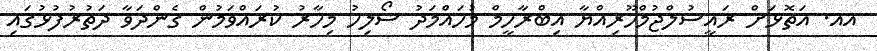
އއ. އަތޮޅަށް ރައީސުލްޖުމްހޫރިއްޔާ އިބްރާހީމް މުހައްމަދު ސޯލިހު މިހާރު ކުރައްވަމުން ގެންދަވާ ދަތުރުފުޅުގައި